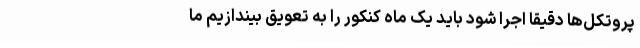
پروتکل‌ها دقیقا اجرا شود باید یک ماه کنکور را به تعویق بیندازیم ما